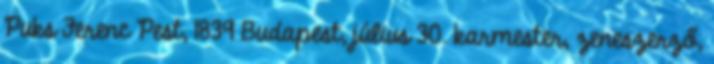
Puks Ferenc Pest, 1839 Budapest, július 30. karmester, zeneszerző,